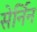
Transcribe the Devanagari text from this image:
सेर्निन